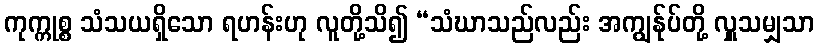
ကုက္ကုစ္စ သံသယရှိသော ရဟန်းဟု လူတို့သိ၍ “သံဃာသည်လည်း အကျွန်ုပ်တို့ လှူသမျှသာ